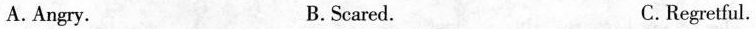
A.Angry. B.Scared. C.Regretful.